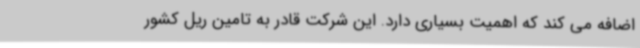
اضافه می کند که اهمیت بسیاری دارد. این شرکت قادر به تامین ریل کشور